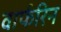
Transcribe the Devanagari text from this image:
वार्फरिन